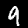
Label: 9